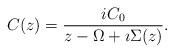
LaTeX: \begin{align*}C(z) = \frac{i C_0}{z-\Omega +\imath\Sigma (z)}.\end{align*}